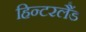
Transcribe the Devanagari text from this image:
हिन्टरलैंड